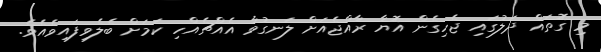
މި ގޮތައް ދަލުގައި ޖެހިގެން އޮޔާ ރާއްޖެއަށް ލަނގުވާ އެއްޗެއްހި ކަމަށް ބެލެވިފައިވެއެވެ.